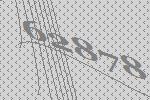
62878